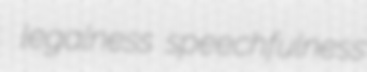
legalness speechfulness